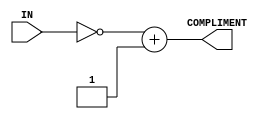
// Computer Architecture (CO224) - Lab 05
// Design: 2's Compliment Module
// Group Number : 27
// E Numbers : E/18/077, E/18/227
// Names : Dharmarathne N.S., Mudalige D.H.

module twos_comp (IN, COMPLIMENT);
	input [7:0] IN;
	output reg [7:0] COMPLIMENT;
	reg [7:0] TEMP;
	
	always @(IN) begin
		TEMP = ~IN + 8'b00_000_001;
		#1 COMPLIMENT = TEMP;
	end
endmodule